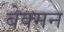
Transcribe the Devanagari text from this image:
बेक्मन